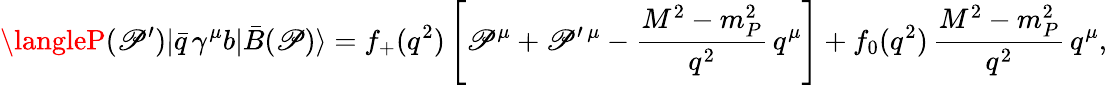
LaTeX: \langleP(\mathscr{P}^{\prime})|\bar{{q}}\, \gamma^{\mu}b|\bar{{B}}(\mathscr{P})\rangle=f_{+}(q^{2})\left[\mathscr{P}^{\mu}+\mathscr{P}^{\prime\, \mu}-\frac{{M^{2}-m_{P}^{2}}}{{q^{2}}}\, q^{\mu}\right]+f_{0}(q^{2})\, \frac{{M^{2}-m_{P}^{2}}}{{q^{2}}}\, q^{\mu},